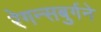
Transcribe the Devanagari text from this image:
रेगन्सबुर्गने